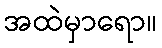
အထဲမှာရော။